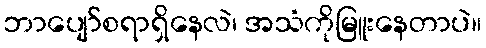
ဘာပျော်စရာရှိနေလဲ၊ အသံကိုမြူးနေတာပဲ။